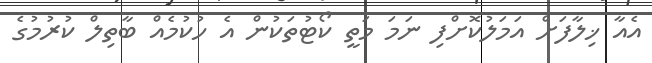
އެއާ ޚިލާފަށް އަމަލުކޮށްފި ނަމަ މަތީ ކޯޓުތަކުން އެ ހުކުމެއް ބާތިލް ކުރުމުގެ